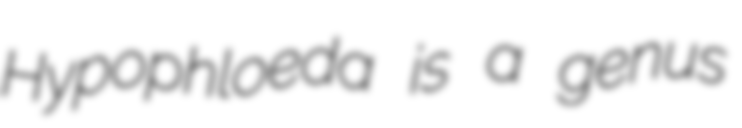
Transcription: Hypophloeda is a genus